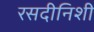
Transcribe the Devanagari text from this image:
रसदीनिशी